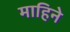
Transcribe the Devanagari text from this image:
माहिने